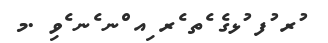
ުރ ުފ ުޅގެ ެތ ެރ ިއ ްނ ެނ ެވި .މ